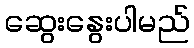
ဆွေးနွေးပါမည်